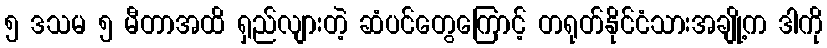
၅ ဒသမ ၅ မီတာအထိ ရှည်လျားတဲ့ ဆံပင်တွေကြောင့် တရုတ်နိုင်ငံသားအချို့က ဒါကို